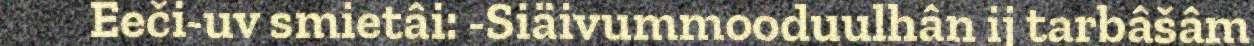
Eeči-uv smietâi: -Siäivummooduulhân ij tarbâšâm